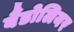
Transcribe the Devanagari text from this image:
बैंडोलियर